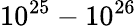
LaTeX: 10^{25}-10^{26}